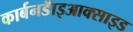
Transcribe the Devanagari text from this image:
कार्बनडॅाइआक्साइड